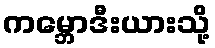
ကမ္ဘောဒီးယားသို့